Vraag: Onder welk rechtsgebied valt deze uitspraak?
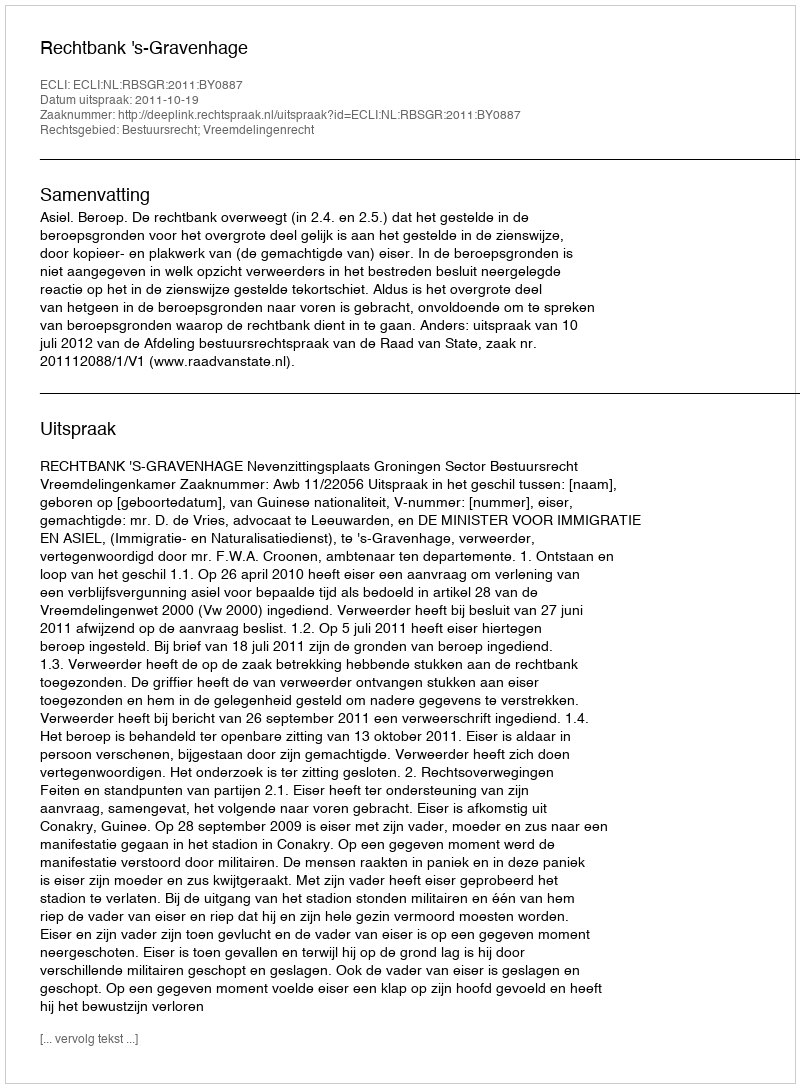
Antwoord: Bestuursrecht; Vreemdelingenrecht